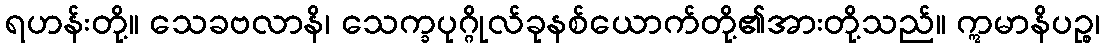
ရဟန်းတို့။ သေခဗလာနိ၊ သေက္ခပုဂ္ဂိုလ်ခုနစ်ယောက်တို့၏အားတို့သည်။ ဣမာနိပဉ္စ၊